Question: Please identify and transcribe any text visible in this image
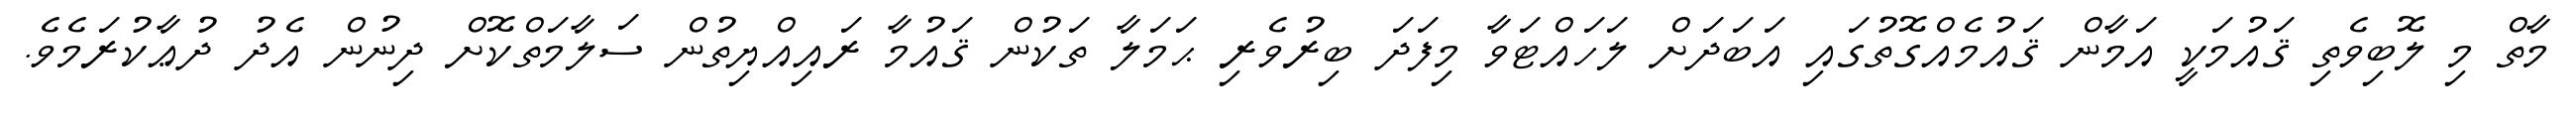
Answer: މާތް މި ލޮބިވެތި ޤައުމަކީ އަމާން ޤައުމެއްގޮތުގައި އަބަދަށް ލަހައްޓަވާ މިފަދަ ބިރުވެރި ޙަމަލާ ތަކުން ޤައުމާ ރައިއްޔިތުން ސަލާމަތްކޮށް ދިނުން އެދު ދުޢާކުރަމެވެ.